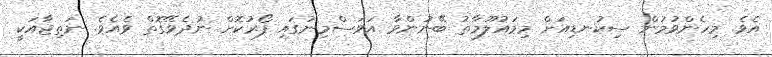
އެވެ. މިހެންވުމުން ސިކުނޑިއަށް މިމައުލޫމާތު ބޭނުންވާ އަވަސްމިނުގައި ފޯރުކޮށް ނުދެވޭގޮތް ވެއެވެ. ނަތިޖާއަކީ